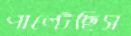
পাল্টেছিস